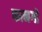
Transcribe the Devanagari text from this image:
कानगो